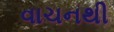
વાચનથી